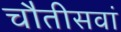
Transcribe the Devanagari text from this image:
चौतीसवां